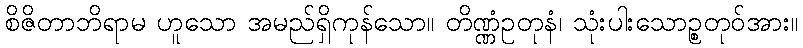
စိဇိတာဘိရာမ ဟူသော အမည်ရှိကုန်သော။ တိဏ္ဏံဥတုနံ၊ သုံးပါးသောဉ္စတုဝ်အား။